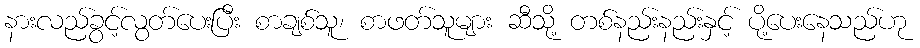
နားလည်ခွင့်လွတ်ပေးပြီး စာချစ်သူ၊ စာဖတ်သူများ ဆီသို့ တစ်နည်းနည်းနှင့် ပို့ပေးနေသည်ဟု